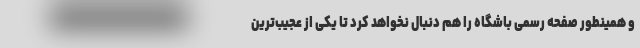
و همینطور صفحه رسمی باشگاه را هم دنبال نخواهد کرد تا یکی از عجیب‌ترین